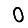
Digit: 0